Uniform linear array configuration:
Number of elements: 48
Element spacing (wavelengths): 1
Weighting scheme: cosine
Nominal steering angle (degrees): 15
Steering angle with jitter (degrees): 14.947
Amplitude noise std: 0.05
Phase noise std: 0.05

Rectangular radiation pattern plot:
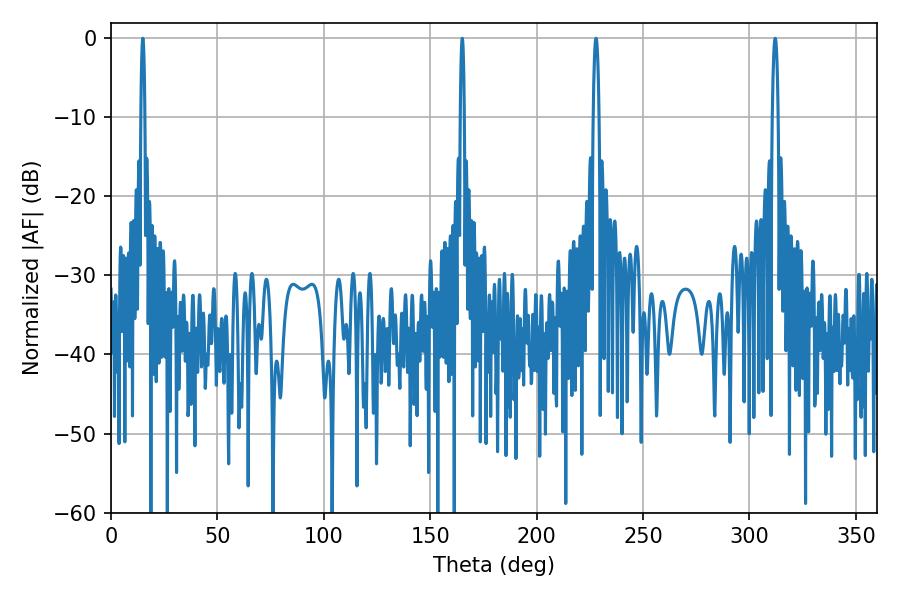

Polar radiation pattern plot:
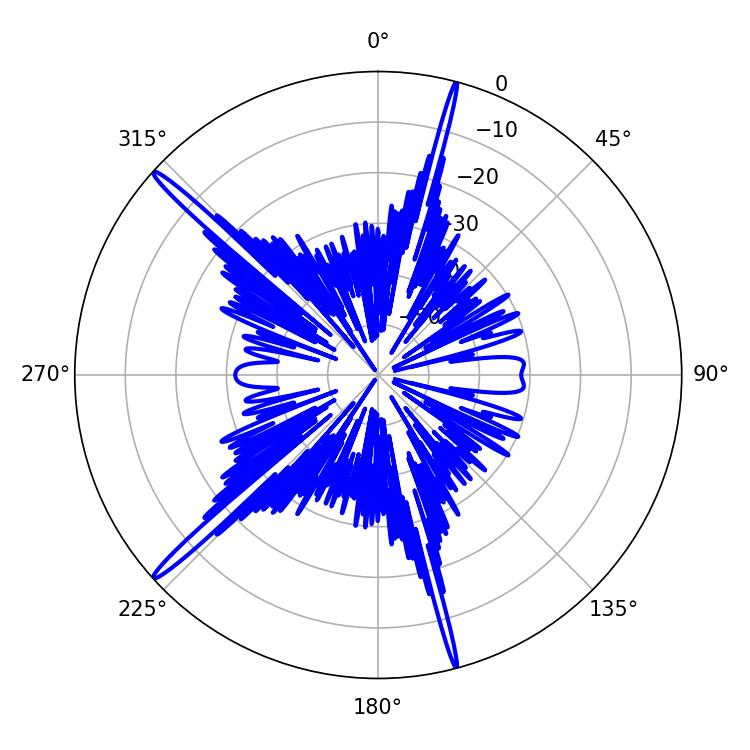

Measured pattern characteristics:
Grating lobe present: TRUE
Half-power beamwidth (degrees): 1.08
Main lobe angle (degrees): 14.94